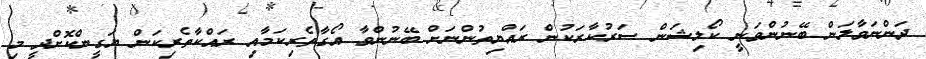
ދަންނަވާލަން ބޭނުންވަނީ ކޯލިޝަން ސަރުކާރަކުން ރައްޔިތުންނަށް ބޭނުންވާ އޯގާތެރިކަމާއި ރައްކާތެރިކަން ޔަގީންކޮށްދީ މި